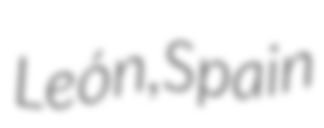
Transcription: León, Spain